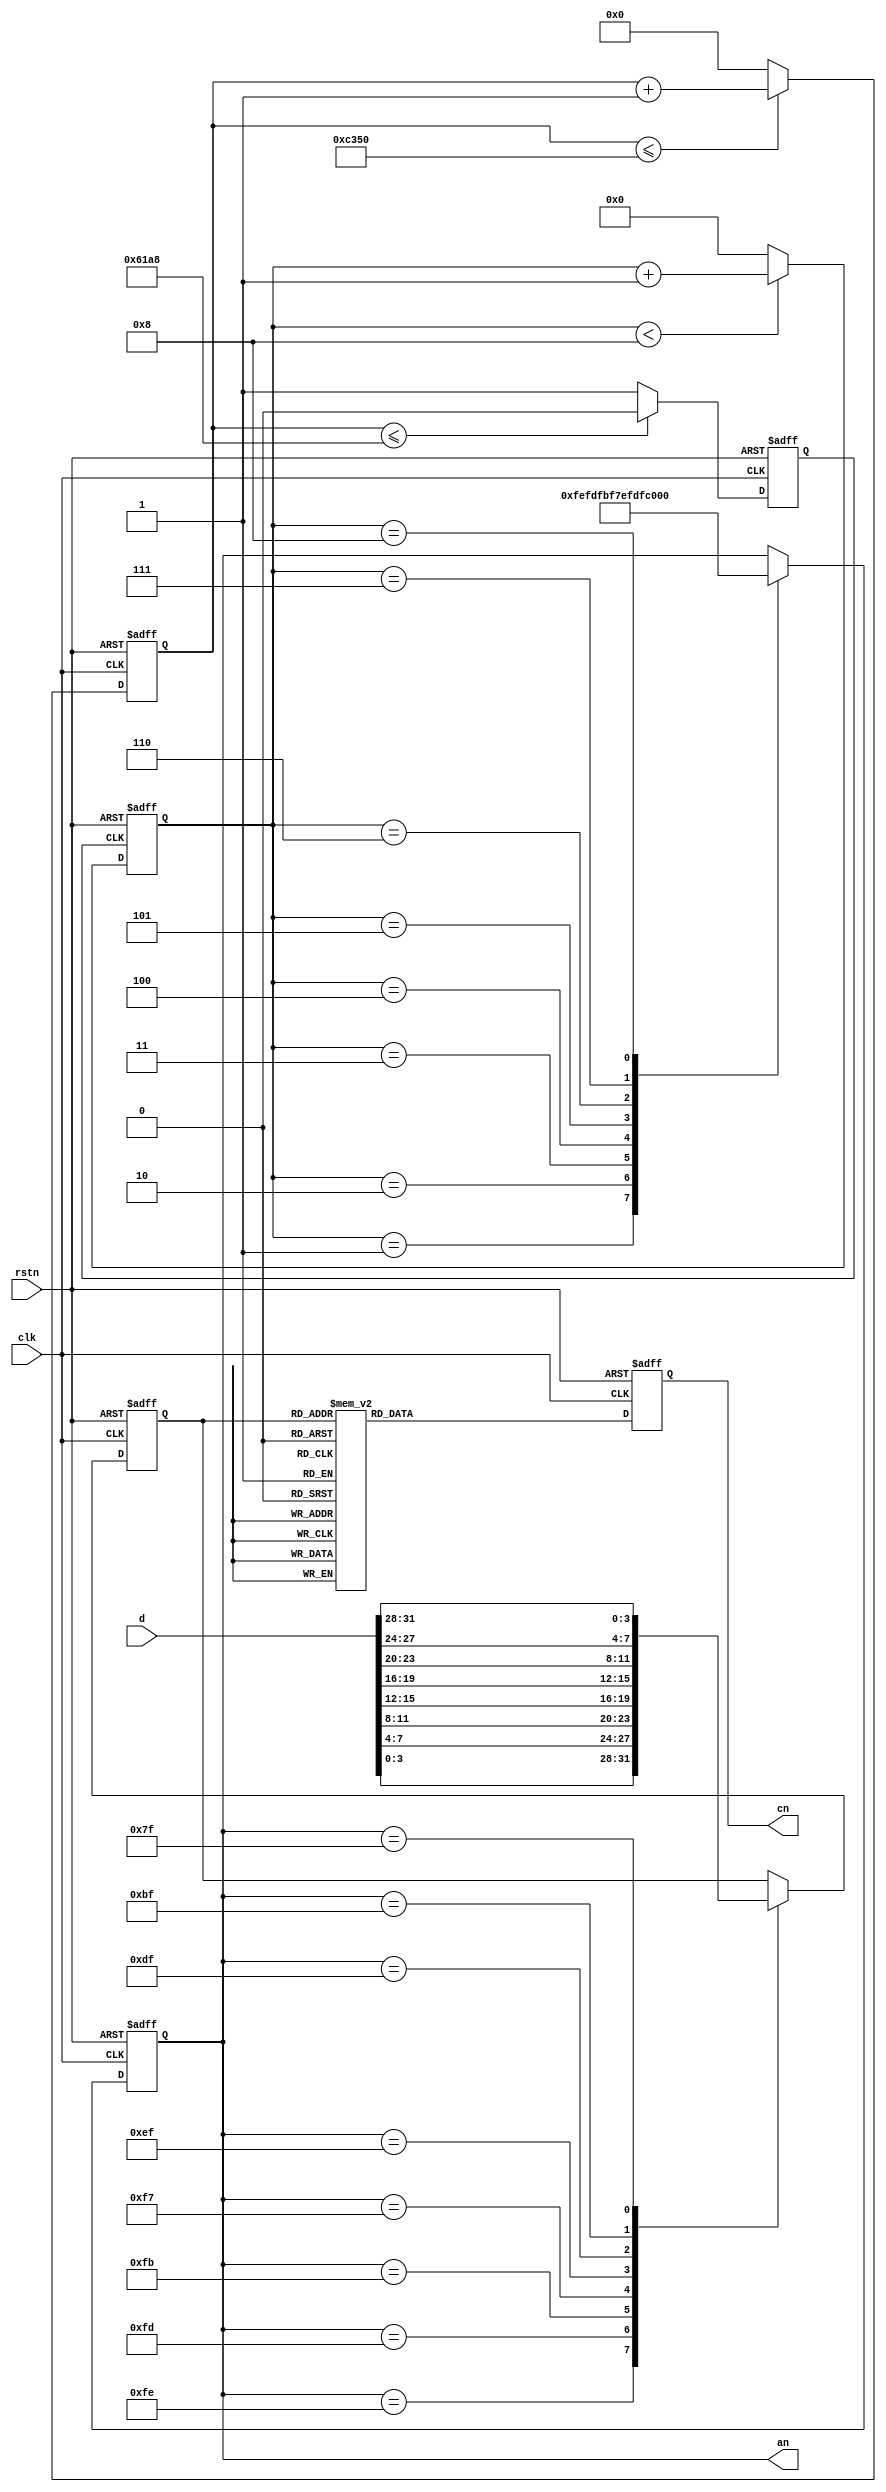
`timescale 1ns / 1ps
//////////////////////////////////////////////////////////////////////////////////
// Company: 
// Engineer: 
// 
// Design Name: 
// Module Name: DIS
// Project Name: 
// Target Devices: 
// Tool Versions: 
// Description: 
// 
// Dependencies: 
// 
// Revision:
// Revision 0.01 - File Created
// Additional Comments:
// 
//////////////////////////////////////////////////////////////////////////////////


module DIS#(parameter MAX = 16'd50000)(
    input clk,
    input rstn,

    input [31:0] d,

    output reg [7:0] an, //
    output reg [6:0] cn
);

//
reg [15:0] cnt1;
always@(posedge clk or negedge rstn ) begin
    if(!rstn)
        cnt1 <= 16'd0;
    else if (cnt1 <= MAX)
        cnt1 <= cnt1 +1'b1;
    else
        cnt1 <= 16'd0;
end

reg clk_low1;
always@(posedge clk or negedge rstn )
 begin
    if(!rstn)
        clk_low1 <= 1'b0;
    else if (cnt1 <= MAX/2)
        clk_low1 <= 1'b0;
    else
        clk_low1 <= 1'b1;
end


//
reg [3:0] data;
always@(posedge clk or negedge rstn ) begin
    if(!rstn)
        cn <= 7'd0;
    else begin
        case (data)
                4'h0:cn <= 7'b1000000;
                4'h1:cn <= 7'b1111001;
                4'h2:cn <= 7'b0100100;
                4'h3:cn <= 7'b0110000;
                4'h4:cn <= 7'b0011001;
                4'h5:cn <= 7'b0010010;
                4'h6:cn <= 7'b0000010;
                4'h7:cn <= 7'b1111000;
                4'h8:cn <= 7'b0000000;
                4'h9:cn <= 7'b0010000;
                4'ha:cn <= 7'b0001000;
                4'hb:cn <= 7'b0000011;
                4'hc:cn <= 7'b1000110;
                4'hd:cn <= 7'b0100001;
                4'he:cn <= 7'b0000110;
                4'hf:cn <= 7'b0001110;
        endcase
    end
end

//
reg [3:0]cnt2;
always@(posedge clk_low1 or negedge rstn ) begin
    if(!rstn)
        cnt2 <= 4'd0;
    else if (cnt2 < 4'd8)
        cnt2 <= cnt2 +1'b1;
    else
        cnt2 <= 4'd0;
end

always@(posedge clk or negedge rstn ) begin
    if(!rstn)
        an <= 8'b11111111;
    else 
    begin
        case (cnt2)
        4'd1:an <= 8'b1111_1110;
        4'd2:an <= 8'b1111_1101;
        4'd3:an <= 8'b1111_1011;
        4'd4:an <= 8'b1111_0111;
        4'd5:an <= 8'b1110_1111;
        4'd6:an <= 8'b1101_1111;
        4'd7:an <= 8'b1011_1111;
        4'd8:an <= 8'b0111_1111;
        endcase
    end
end

//
always@(posedge clk or negedge rstn ) begin
    if(!rstn)
        data <= 4'd0;
    else 
    begin
        case (an)
        8'b11111110:data <= d[3:0];
        8'b11111101:data <= d[7:4];
        8'b11111011:data <= d[11:8];
        8'b11110111:data <= d[15:12];
        8'b11101111:data <= d[19:16];
        8'b11011111:data <= d[23:20];
        8'b10111111:data <= d[27:24];
        8'b01111111:data <= d[31:28];
        endcase
    end
end
endmodule